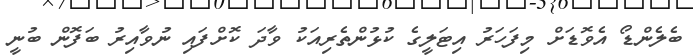
ބެލެންޑޯ އެވޮޑަށް މިފަހަރު އިޓަލީގެ ކުޅުންތެރިއަކު ވާދަ ކޮށްފައި ނުވާއިރު ބަފޮން ބުނީ